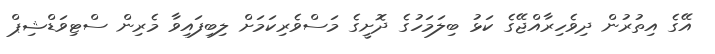
އޭގެ އިތުރުން ދިވެހިރާއްޖޭގެ ކަޅު ބިލަމަހުގެ ދޮށީގެ މަސްވެރިކަމަށް ލިބިފައިވާ މެރިން ސްޓިވަޑްޝިޕް